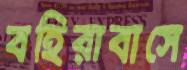
বহিরাবাসে